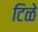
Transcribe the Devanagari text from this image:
टिळे